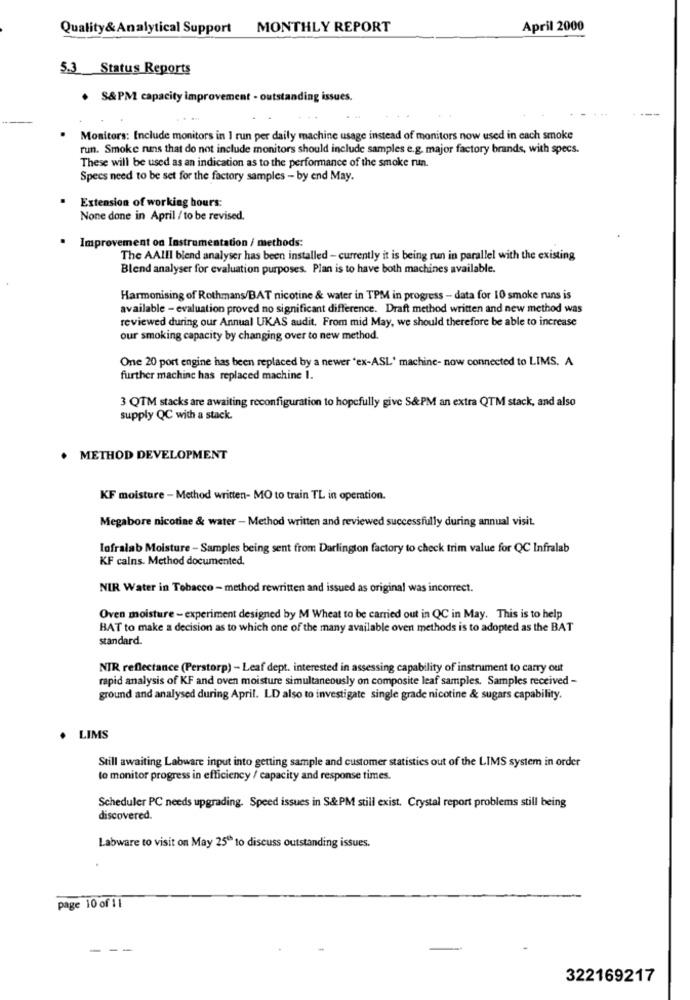
Quality& Analytical Support MONTHLY REPORT
April 2000
5.3 Status Reports
. S&PM capacity improvement - outstanding issues.
Monitors: Include monitors in I run per daily machine usage instead of monitors now used in each smoke
run. Smoke ruins that do not include monitors should include samples e.g. major factory brands, with specs.
These will be used as an indication as to the performance of the smoke run.
Specs need to be set for the factory samples - by end May.
Extension of working hours:
None done in April / to be revised.
.
Improvement on Instrumentation / methods:
The AAlll blend analyser has been installed - currently it is being run in parallel with the existing
Blend analyser for evaluation purposes. Plan is to have both machines available.
Harmonising of Rothmans/BAT nicotine & water in TPM in progress - data for 10 smoke runs is
available - evaluation proved no significant difference. Draft method written and new method was
reviewed during our Annual UKAS audit, From mid May, we should therefore be able to increase
our smoking capacity by changing over to new method.
One 20 port engine has been replaced by a newer 'ex-ASL' machine- now connected to LIMS. A
further machine has replaced machine 1.
3 QTM stacks are awaiting reconfiguration to hopefully give S&PM an extra QTM stack, and also
supply QC with a stack.
. METHOD DEVELOPMENT
KF moisture - Method written- MO to train TL in operation.
Megabore nicotine & water - Method written and reviewed successfully during annual visit.
Iofralab Moisture - Samples being sent from Darlington factory to check trim value for QC Infralab
KF calns. Method documented.
NIR Water in Tobacco - method rewritten and issued as original was incorrect.
Oven moisture - experiment designed by M Wheat to be carried out in QC in May. This is to help
BAT to make a decision as to which one of the many available oven methods is to adopted as the BAT
standard.
NIR reflectance (Perstorp) - Leaf dept. interested in assessing capability of instrument to carry out
rapid analysis of KF and oven moisture simultaneously on composite leaf samples. Samples received -
ground and analysed during April. LD also to investigate single grade nicotine & sugars capability.
LIMS
Still awaiting Labware input into getting sample and customer statistics out of the LIMS system in order
to monitor progress in efficiency / capacity and response times.
Scheduler PC needs upgrading. Speed issues in S&PM still exist. Crystal report problems still being
discovered.
Labware to visit on May 25º to discuss outstanding issues.
page 10 of 11
--
322169217